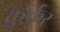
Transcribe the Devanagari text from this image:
कुर्कुर